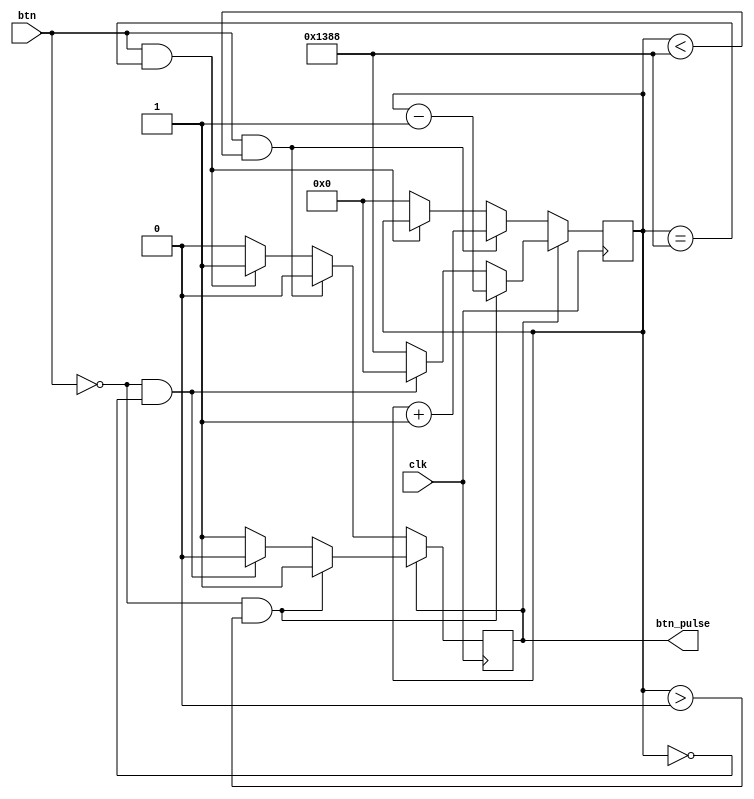
module debounce(btn,clk,btn_pulse);
    parameter times=5000;
    input btn,clk;
    output reg btn_pulse;

    reg [12:0] N;		    //

    //
    initial begin
        btn_pulse<=0;
    end

    always@(posedge clk) begin
        //
        if (btn_pulse) begin
            //0
            if (btn==0&&N>0) begin
                N<=N-1;
            end

            //0
            else if(btn==0&&N==0) begin
                N<=0;
                btn_pulse<=0;
            end

            //5000
            else begin
                N<=5000;
            end
        end

        //
        else begin
            //
            if (btn&&N<times) begin
                N<=N+1;
            end

            //
            else if(btn&&N==times) begin
                N<=N;
                btn_pulse<=1;
            end

            //0
            else begin
                N<=0;
            end
        end
    end
endmodule